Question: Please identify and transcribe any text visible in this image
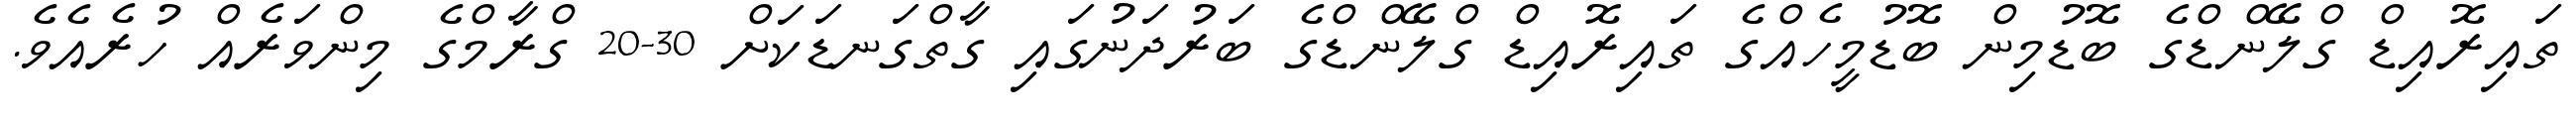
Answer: ތައިރޮއިޑް ގްލޭންޑްގެ ބޮޑުމިން ބޮޑުމީހެއްގެ ތައިރޮއިޑް ގްލޭންޑްގެ ބަރުދަނުގައި ގާތްގަނޑަކަށް 30-20 ގްރާމްގެ މިންވަރެއް ހުރެއެވެ.